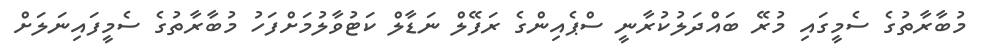
މުބާރާތުގެ ސެމީގައި މުރޭ ބައްދަލުކުރާނީ ސްޕެއިންގެ ރަފޭލް ނަޑާލް ކަޓުވާލުމަށްފަހު މުބާރާތުގެ ސެމީފައިނަލަށް